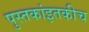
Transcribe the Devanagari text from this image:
पुस्तकांइतकीच